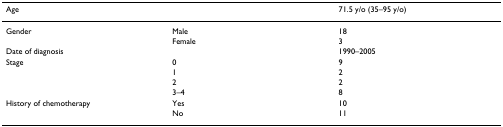
| Age |  | 71.5 y/o (35–95 y/o) |
 | --- | --- | --- |
 | Gender | Male | 18 |
 |  | Female | 3 |
 | Date of diagnosis |  | 1990–2005 |
 | Stage | 0 | 9 |
 |  | 1 | 2 |
 |  | 2 | 2 |
 |  | 3–4 | 8 |
 | History of chemotherapy | Yes | 10 |
 |  | No | 11 |